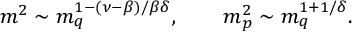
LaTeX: m ^ { 2 } \sim m _ { q } ^ { 1 - ( \nu - \beta ) / \beta \delta } , \qquad m _ { p } ^ { 2 } \sim m _ { q } ^ { 1 + 1 / \delta } .